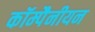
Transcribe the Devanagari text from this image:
कॉम्पैनीयन